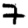
Digit: 7